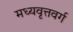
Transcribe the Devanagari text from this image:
मध्यवृत्तवर्ग